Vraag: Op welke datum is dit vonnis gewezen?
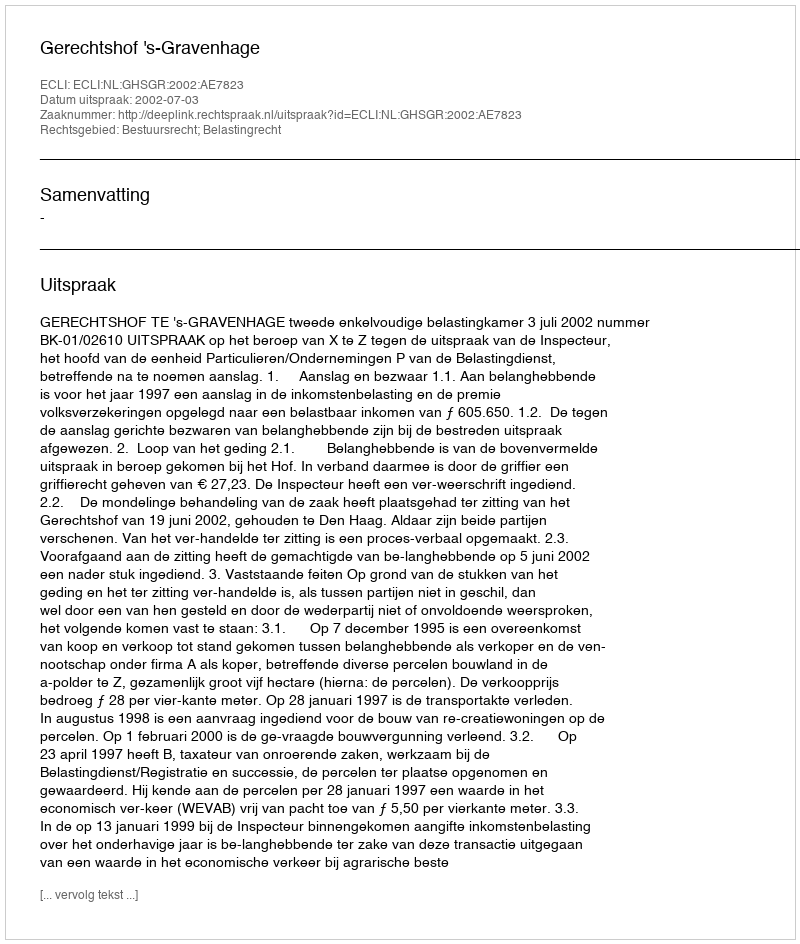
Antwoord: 2002-07-03